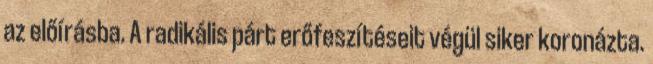
az előírásba. A radikális párt erőfeszítéseit végül siker koronázta.